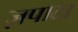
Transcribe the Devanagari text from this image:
ज़पाटा